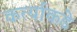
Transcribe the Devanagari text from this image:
कर्त्याकडे